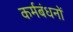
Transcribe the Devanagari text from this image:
कर्मबंधनों